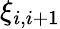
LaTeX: \xi_{i,i+1}